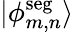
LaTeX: |\phi_{m,n}^{\mathrm{seg}}\rangle